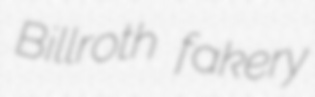
Billroth fakery